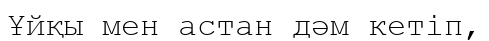
Ұйқы мен астан дәм кетіп,